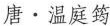
唐 · 温庭筠